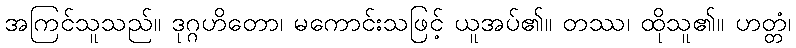
အကြင်သူသည်။ ဒုဂ္ဂဟိတော၊ မကောင်းသဖြင့် ယူအပ်၏။ တဿ၊ ထိုသူ၏။ ဟတ္တံ၊